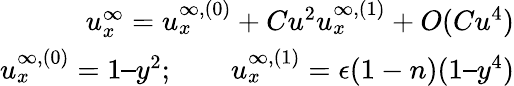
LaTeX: \begin{array}{r}{u_{x}^{\infty}=u_{x}^{\infty,(0)}+Cu^{2}u_{x}^{\infty,(1)}+O(Cu^{4})}\\ {u_{x}^{\infty,(0)}=1–y^{2};\qquad u_{x}^{\infty,(1)}=\epsilon(1-n)(1–y^{4})}\end{array}